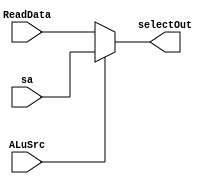
`timescale 1ns / 1ps
//////////////////////////////////////////////////////////////////////////////////
// Company: 
// Engineer: 
// 
// Design Name: 
// Module Name: DataSelector5
// Project Name: 
// Target Devices: 
// Tool Versions: 
// Description: 
// 
// Dependencies: 
// 
// Revision:
// Revision 0.01 - File Created
// Additional Comments:
// 
//////////////////////////////////////////////////////////////////////////////////

//DataSelector5
module DataSelector5(input [4:0] ReadData,input [4:0] sa,input ALuSrc,output [4:0] selectOut);
assign selectOut = (ALuSrc == 0)? ReadData: sa;
endmodule